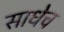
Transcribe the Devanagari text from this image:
साधेच